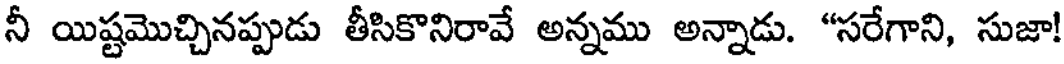
నీ యిష్టమొచ్చినప్పుడు తీసికొనిరావే అన్నము అన్నాడు. "సరేగాని, సుజా!